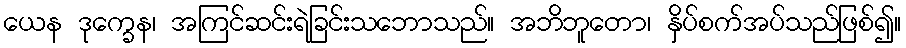
ယေန ဒုက္ခေန၊ အကြင်ဆင်းရဲခြင်းသဘောသည်။ အဘိဘူတော၊ နှိပ်စက်အပ်သည်ဖြစ်၍။